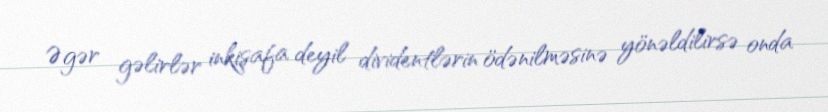
Əgər gəlirlər inkişafa deyil dividentlərin ödənilməsinə yönəldilirsə onda